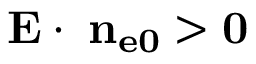
\bf E \cdot \nabla n _ { e 0 } > 0